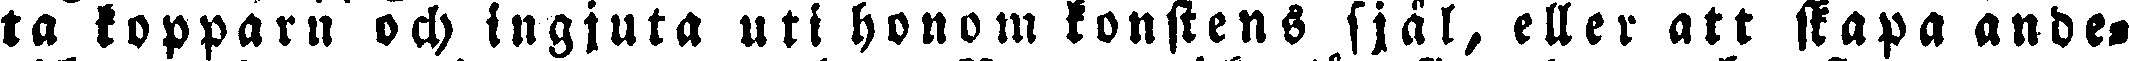
ta kopparn och ingjuta uti honom konstens själ, eller att skapa ande-